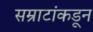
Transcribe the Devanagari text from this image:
सम्राटांकडून